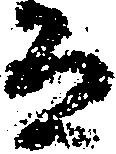
而